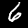
Digit: 6